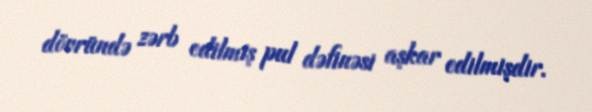
dövründə zərb edilmiş pul dəfinəsi aşkar edilmişdir.